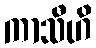
ကာသီဟိ